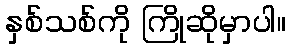
နှစ်သစ်ကို ကြိုဆိုမှာပါ။